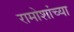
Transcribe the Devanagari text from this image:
रामोशांच्या